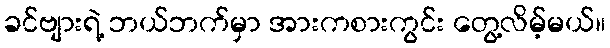
ခင်ဗျားရဲ့ ဘယ်ဘက်မှာ အားကစားကွင်း တွေ့လိမ့်မယ်။